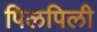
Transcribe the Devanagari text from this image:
पिलपिली